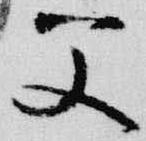
父